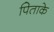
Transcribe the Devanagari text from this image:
पिताके